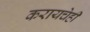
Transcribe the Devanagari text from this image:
करायचेही